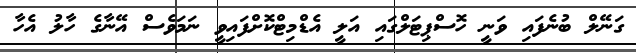
ގަނޭލް ބުނެފައި ވަނީ ހޮސްޕިޓަލްގައި އަލީ އެޑްމިޓްކޮށްފައިވީ ނަމަވެސް އޭނާގެ ހާލު އެހާ